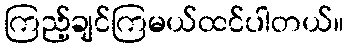
ကြည့်ချင်ကြမယ်ထင်ပါတယ်။